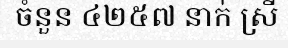
ចំនួន ៤២៥៧ នាក់ ស្រី